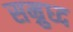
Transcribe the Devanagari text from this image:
सम्रुध्द